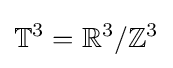
\mathbb {T} ^{3}=\mathbb {R} ^{3}/\mathbb {Z} ^{3}